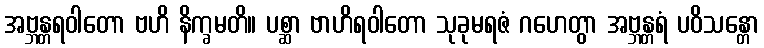
အဗ္ဘန္တရဝါတော ဗဟိ နိက္ခမတိ။ ပစ္ဆာ ဗာဟိရဝါတော သုခုမရဇံ ဂဟေတွာ အဗ္ဘန္တရံ ပဝိသန္တော